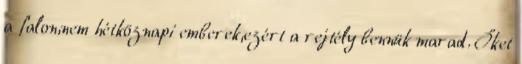
a falon,nem hétköznapi emberek,ezért a rejtély bennük marad. Őket